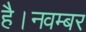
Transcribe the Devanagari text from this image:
है।नवम्बर